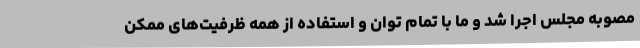
مصوبه مجلس اجرا شد و ما با تمام توان و استفاده از همه ظرفیت‌های ممکن